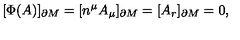
[ \Phi ( A ) ] _ { \partial M } = [ n ^ { \mu } A _ { \mu } ] _ { \partial M } = [ A _ { r } ] _ { \partial M } = 0 ,